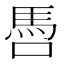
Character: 𩡳